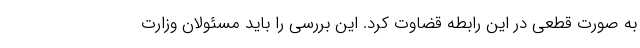
به صورت قطعی در این رابطه قضاوت کرد. این بررسی را باید مسئولان وزارت